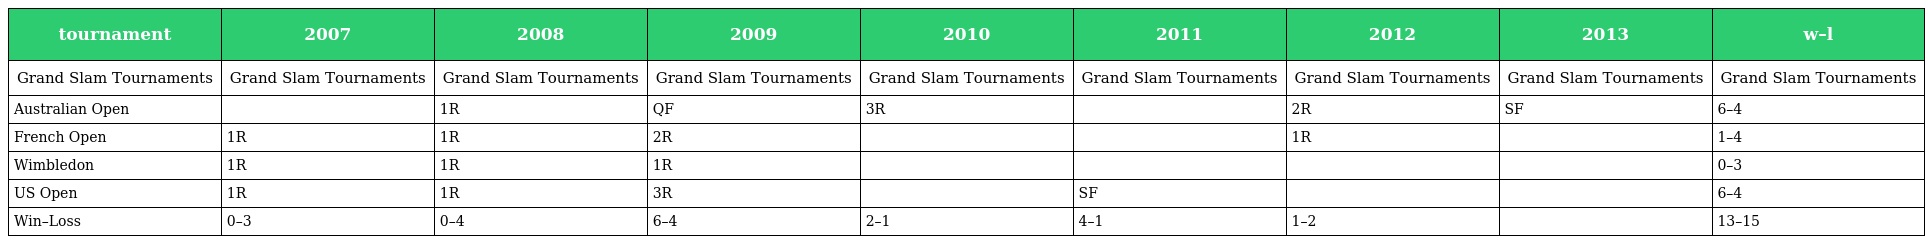
| tournament | 2007 | 2008 | 2009 | 2010 | 2011 | 2012 | 2013 | w–l |
 | --- | --- | --- | --- | --- | --- | --- | --- | --- |
 | Grand Slam Tournaments | Grand Slam Tournaments | Grand Slam Tournaments | Grand Slam Tournaments | Grand Slam Tournaments | Grand Slam Tournaments | Grand Slam Tournaments | Grand Slam Tournaments | Grand Slam Tournaments |
 | Australian Open |  | 1R | QF | 3R |  | 2R | SF | 6–4 |
 | French Open | 1R | 1R | 2R |  |  | 1R |  | 1–4 |
 | Wimbledon | 1R | 1R | 1R |  |  |  |  | 0–3 |
 | US Open | 1R | 1R | 3R |  | SF |  |  | 6–4 |
 | Win–Loss | 0–3 | 0–4 | 6–4 | 2–1 | 4–1 | 1–2 |  | 13–15 |